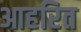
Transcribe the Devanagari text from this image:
आहरित